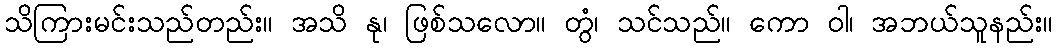
သိကြားမင်းသည်တည်း။ အသိ နု၊ ဖြစ်သလော။ တွံ၊ သင်သည်။ ကော ဝါ၊ အဘယ်သူနည်း။